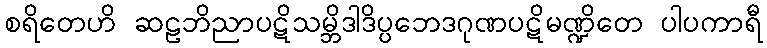
စရိတေဟိ ဆဠဘိညာပဋိသမ္ဘိဒါဒိပ္ပဘေဒဂုဏပဋိမဏ္ဍိတေ ပါပကာရီ